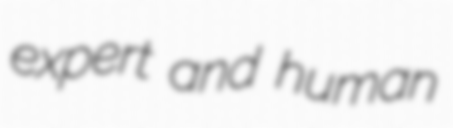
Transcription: expert and human